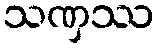
သဏှဿ